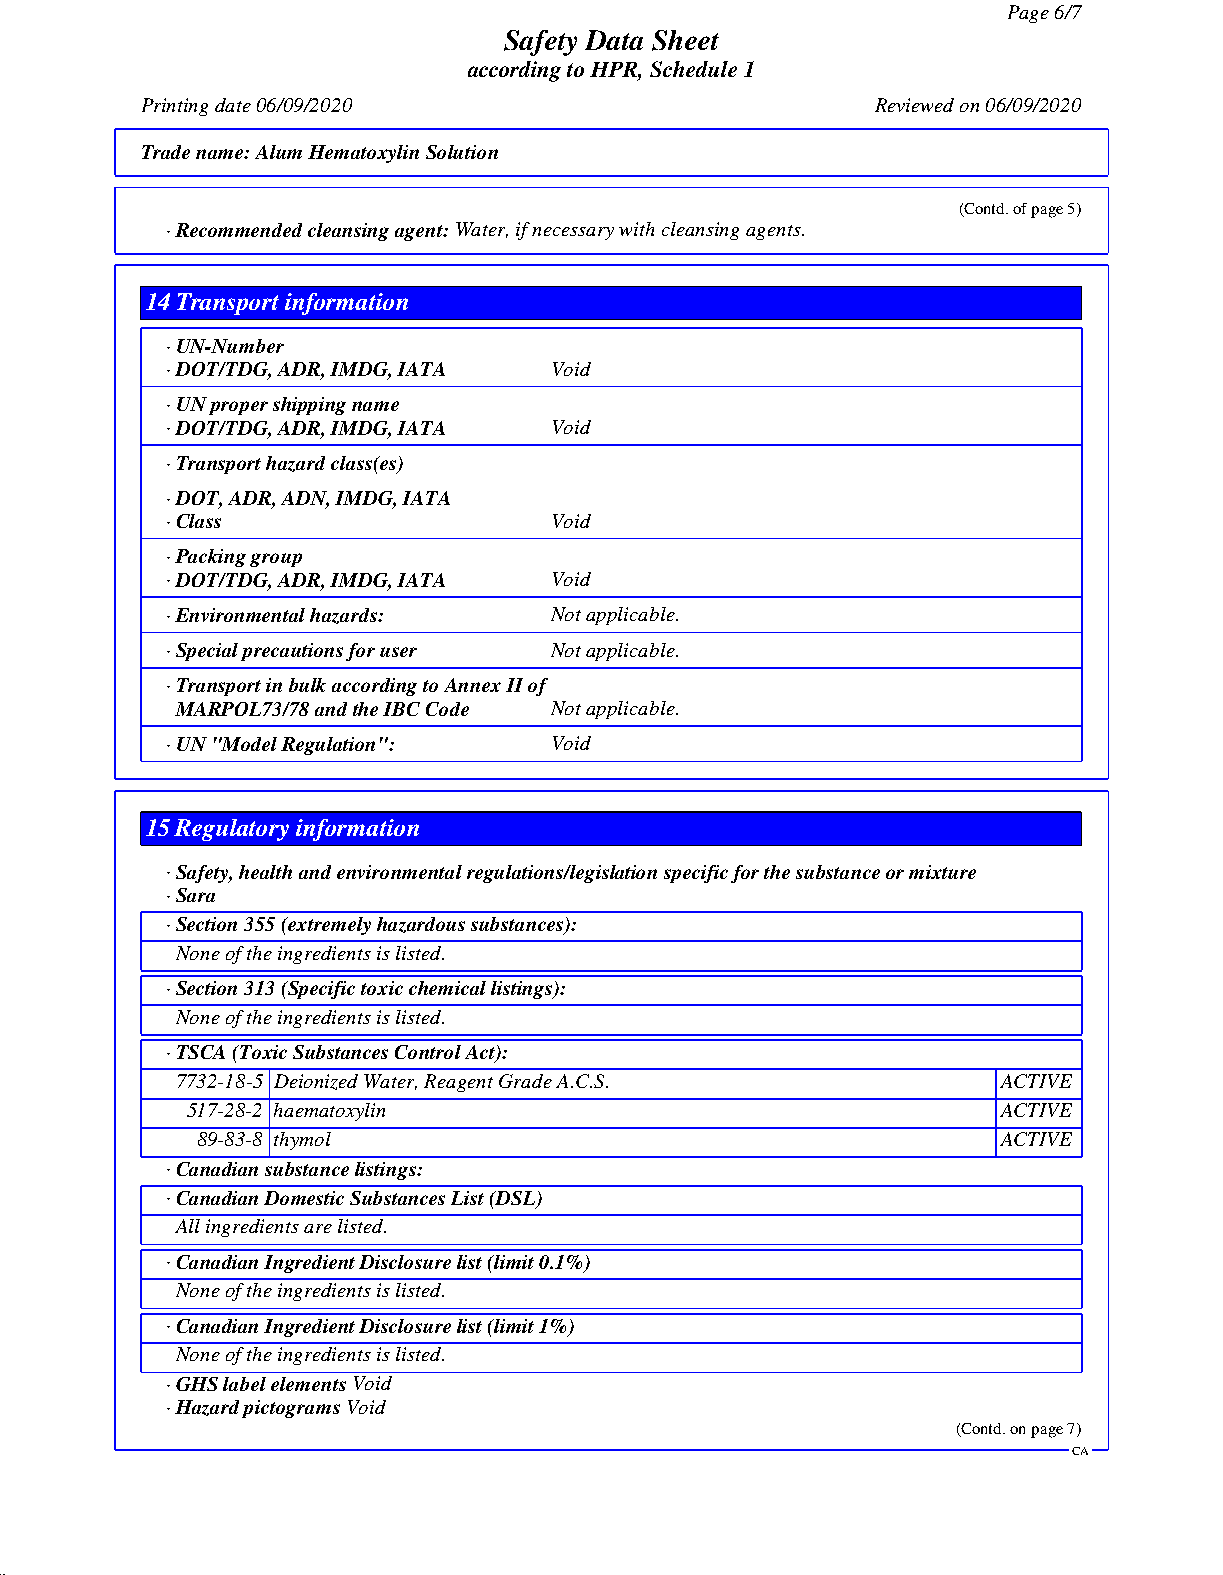
Page 6/7
 Safety Data Sheet
 according to HPR, Schedule 1
 Printing date 06/09/2020                         Reviewed on 06/09/2020
 Trade name:Alum Hematoxylin Solution
 (Contd. of page 5)
 · Recommended cleansing agent:Water, if necessary with cleansing agents.
 14Transport information
 · UN-Number
 · DOT/TDG, ADR, IMDG, IATA Void
 · UN proper shipping name
 · DOT/TDG, ADR, IMDG, IATA Void
 · Transport hazard class(es)
 · DOT, ADR, ADN, IMDG, IATA
 · Class                  Void
 · Packing group
 · DOT/TDG, ADR, IMDG, IATA Void
 · Environmental hazards: Not applicable.
 · Special precautions for user Not applicable.
 · Transport in bulk according to Annex II of
 MARPOL73/78 and the IBC Code Not applicable.
 · UN "Model Regulation": Void
 15Regulatory information
 · Safety, health and environmental regulations/legislation specific for the substance or mixture
 · Sara
 · Section 355 (extremely hazardous substances):
 None of the ingredients is listed.
 · Section 313 (Specific toxic chemical listings):
 None of the ingredients is listed.
 · TSCA (Toxic Substances Control Act):
 7732-18-5 Deionized Water, Reagent Grade A.C.S.       ACTIVE
 517-28-2 haematoxylin                                 ACTIVE
 89-83-8 thymol                                       ACTIVE
 · Canadian substance listings:
 · Canadian Domestic Substances List (DSL)
 All ingredients are listed.
 · Canadian Ingredient Disclosure list (limit 0.1%)
 None of the ingredients is listed.
 · Canadian Ingredient Disclosure list (limit 1%)
 None of the ingredients is listed.
 · GHS label elementsVoid
 · Hazard pictogramsVoid
 (Contd. on page 7)
 CA
 51.0.2